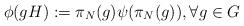
LaTeX: \begin{align*}\phi(gH):=\pi_N(g) \psi (\pi_N(g)), \forall g \in G\end{align*}